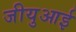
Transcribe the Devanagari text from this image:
जीयुआई